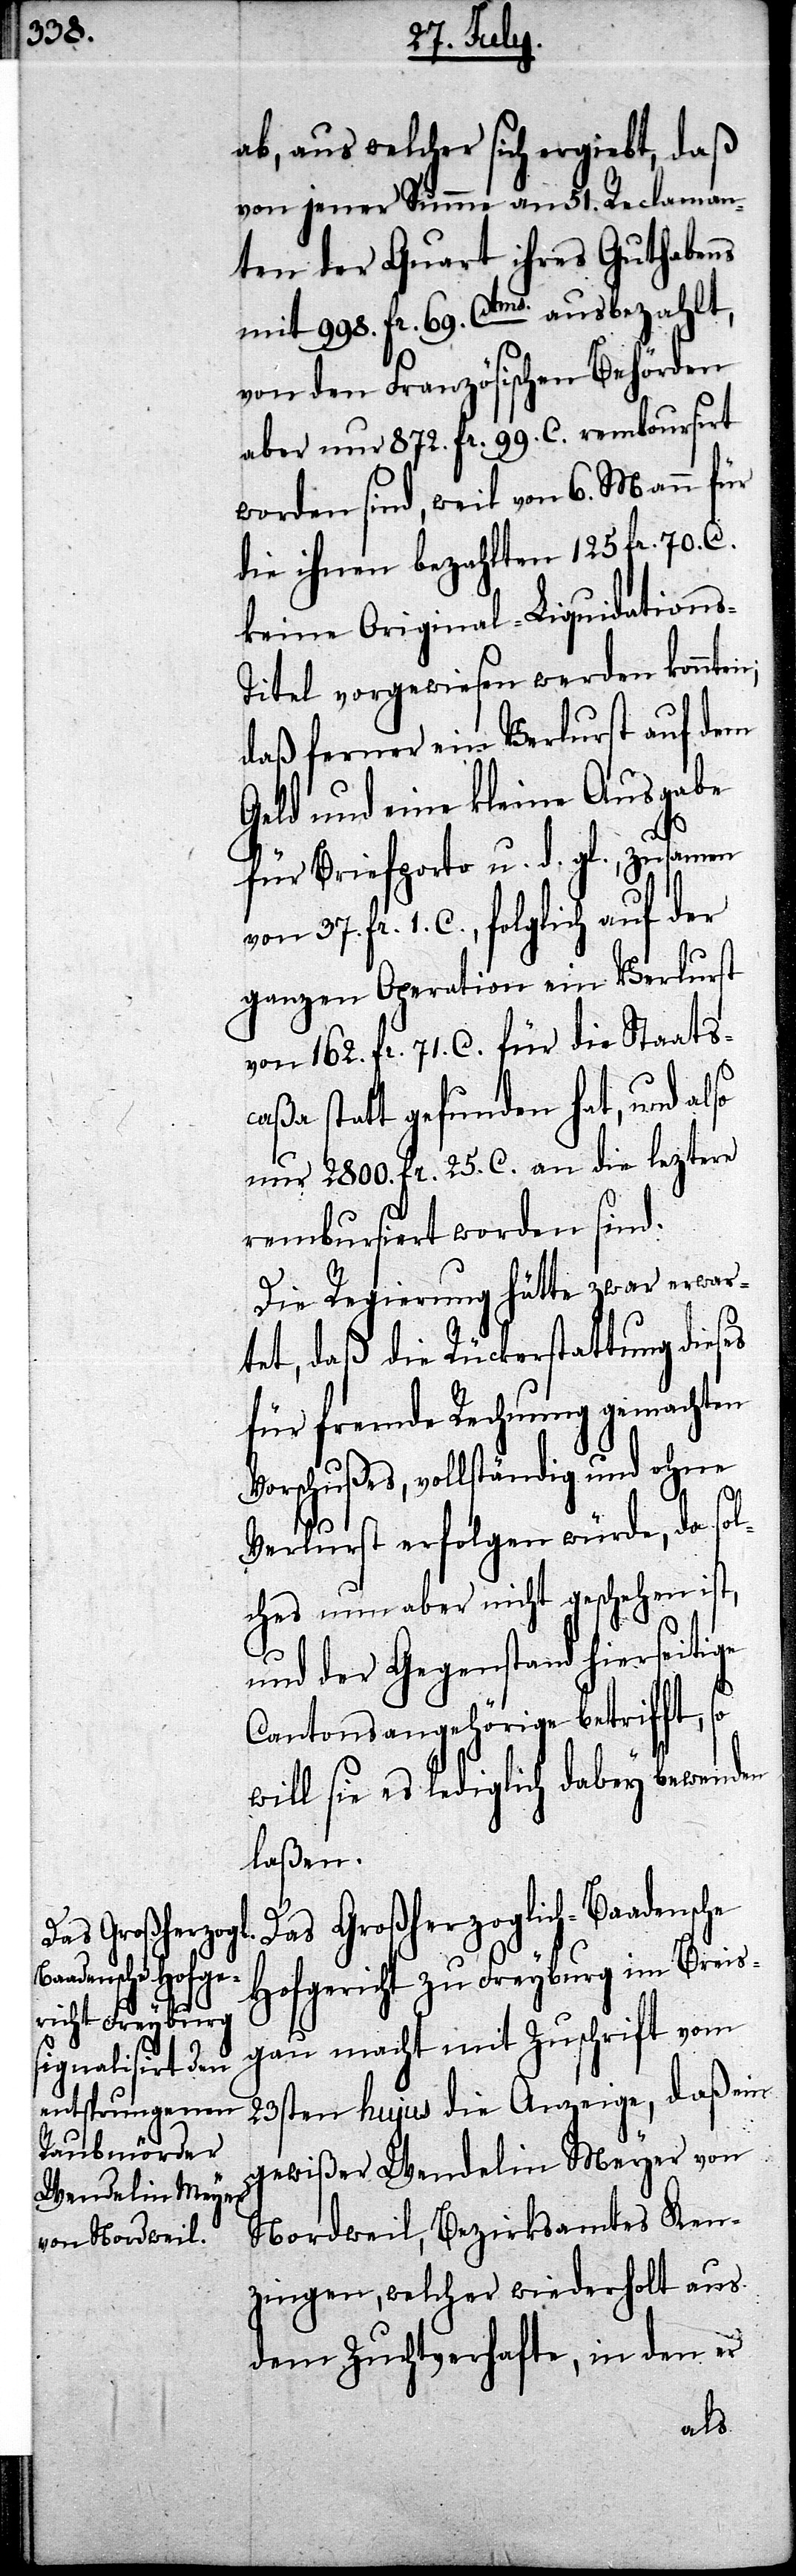
ab, aus welcher sich ergiebt, daß
von jener Summe an 51. Reclaman¬
ten der Quart ihres Guthabens
mit 998. fr. 69. Ctms ausbezahlt,
von den Französischen Behörden
aber nur 872. fr 99. C. rembousirt
worden sind, weil von 6. Mann für
die ihnen bezahlten 125. fr. 70. C.
keine Original-Liquidations-T¬
itel vorgewiesen werden könnten;
daß ferner ein Verlust auf dem
Geld und eine kleine Ausgabe
ge
für Briefporto u. d. gl., zusamen
fr. 1. C., folglich auf der
ganzen Operation ein Verlust
von 162. fr. 71. C. für die Staatsc¬
aßa statt gefunden hat, und also
nur 2800. fr. 25. C. an die lezten
rembusiert worden sind.
Die Regierung hätte zwar erwar¬
tet, daß die Rückerstattung dieses
für fremde Rechnung gemachten
Vorschußes, vollständig und ohne
37.
Verlust erfolgen würde, da sol¬
ches nun aber nicht geschehen ist,
und der Gegenstand hierseiti¬
Cantonsangehörige betrifft,
will sie es lediglich dabey bewenden
laßen.
Das Großherzoglich-Baadensche
Hofgericht zu Freyburg im Breiß¬
gau macht mit Zuschrift vom
23sten hujus die Anzeige, daß ein
gewißer Wendelin Meyer von
Nordweill, Bezirksamtes Ken¬
zingen, welcher wiederholt aus
dem Zuchthafte, in den er